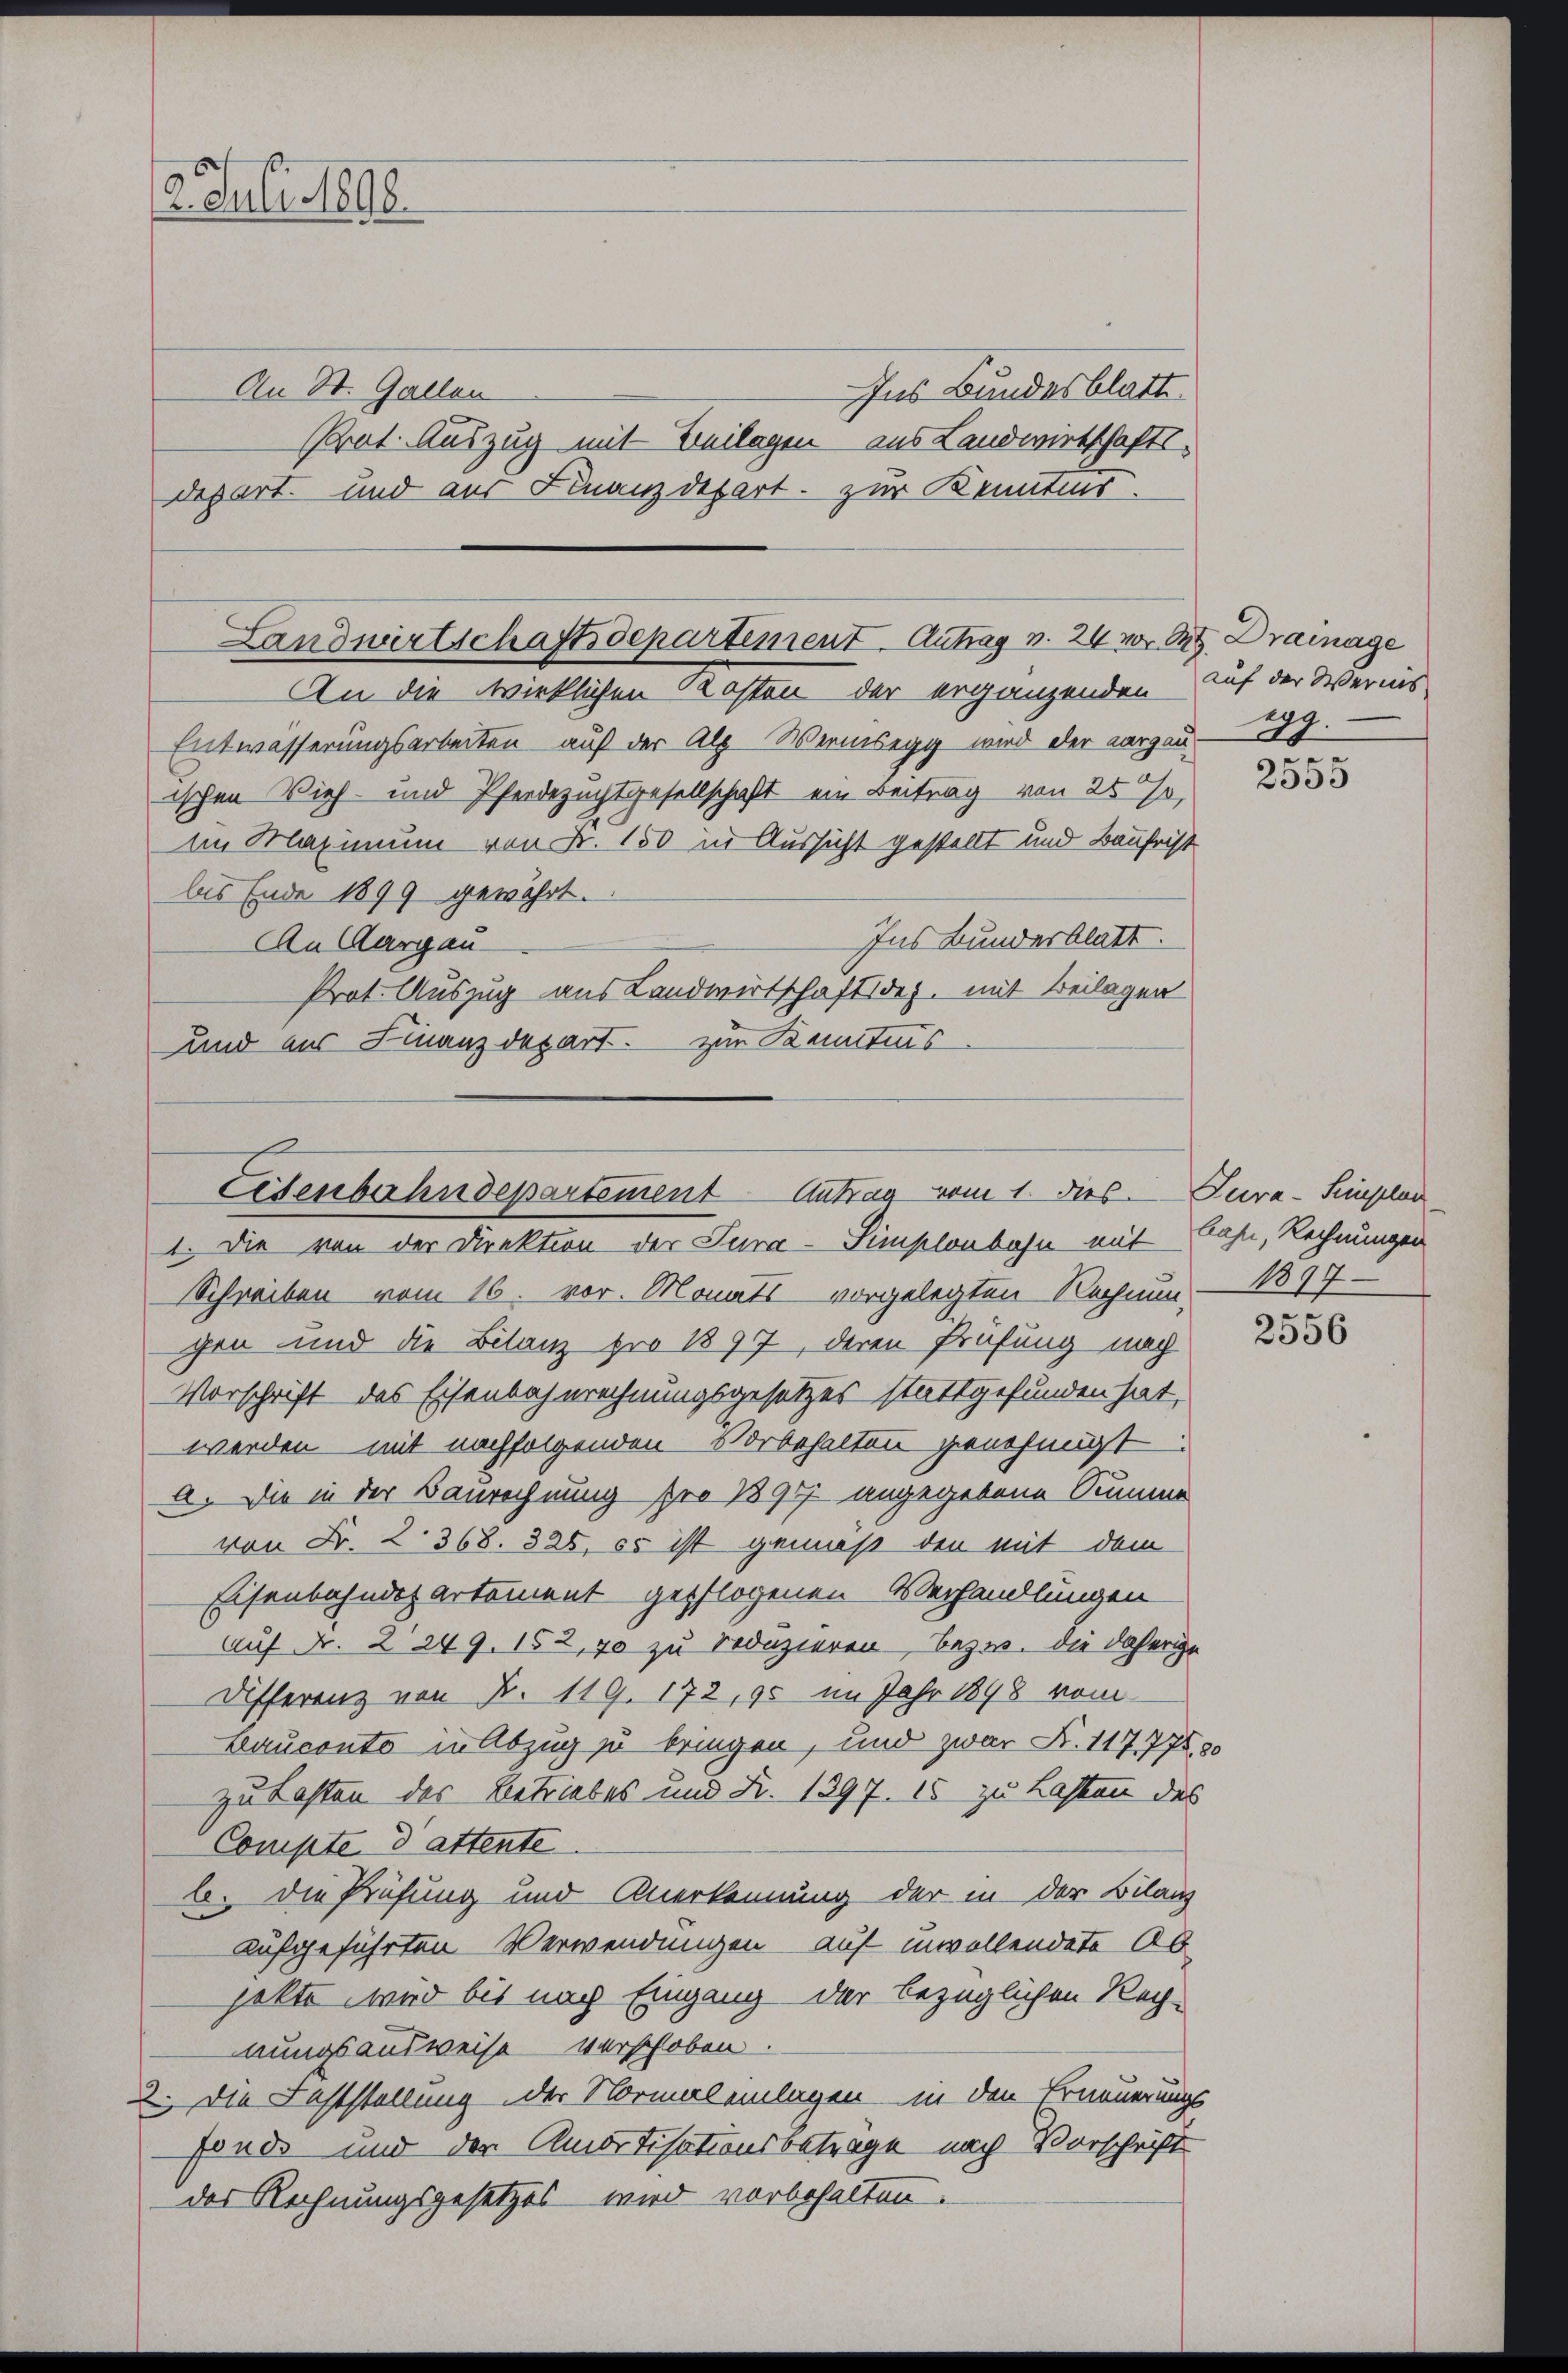
12. Juli 1898.

Prat. Auszug mit Beilagen aus Landwirtschaftsdepart. und aus Finanzdepart zur Kenntnis

An St. Gallen

Landwirtschaftsdepartement. Antrag v. 24 vor. R. Drainage
An die wirklichen Kosten der ergänzenden Auf der Wernis

Entwässerungsarbeiten auf der Alp. Wermsegg wird der aargauischen Vieh- und Pferdezuchtgesellschaft ein Beitrag von 25 %,
im Maximum von Nr. 150 in Aussicht gestellt und Baufrist
bis Ende 1899 gewährt.
Ins Bundesblatt.
An Aargau
Prot. Auszug aus Landwirtschaftsdez. mit Beilagen
und aus Finanzdepart. zur Kenntnis

Ins Bundesblatt.

Eisenbahndepartement Antrag vom 1. dies Jura-Seplan
1. Die von der Direktion der Tura-Simplonbahn mit Bahn, Rechnungen

29.

Schreiben vom 16. vor. Monats vorgelegten Rechnun-
gen und die Bilanz pro 1897, deren Prüfung nach
Vorschrift des Eisenbahnrechnungsgesetzes stattgefunden hat,
werden mit nachfolgenden Vorbehalten genehmigt.
A. Die in der Baurechnung pro 1897 angegebene Summe
von Fr. 2. 368. 328, es ist gemäß den mit dem
Eisenbahndepartement gepflogenen Verhandlungen
Auf Nr. 2249. 152, 70 zu reduzieren bezw. die daherige
Differenz von Fr. 119. 172, 95 im Jahr 1898 vom
Bauconto in Abzug zu bringen, und zwar N. 117,778, 20
zu Lasten des Betriebes und Fr. 1397. 15 zu Lasten des
Compte d attente
b. Die Prüfung und Anerkennung der in der Bilanz
aufgeführten Verwendungen auf unvollendete Ab
jekte wird bis nach Eingang der bezüglichen Rech-
nungsausweise verschoben.
2. Die Feststellung der Normal einlagen in den Erneuerungs
fonde und der Amortisationsbetrage nach Vorschrift
der Rechnungsgesetzes wird vorbehalten.

.
2553

1897

2556